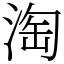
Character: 淘